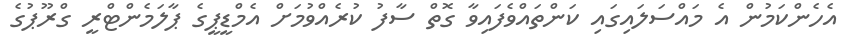
އެހެންކަމުން އެ މައްސަލައިގައި ކަންތައްވެފައިވާ ގޮތް ސާފު ކުރެއްވުމަށް އެމްޑީޕީގެ ޕާލަމެންޓްރީ ގްރޫޕުގެ